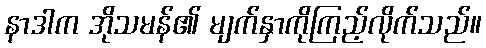
နာဒါက အိုသမန်၏ မျက်နှာကိုကြည့်လိုက်သည်။